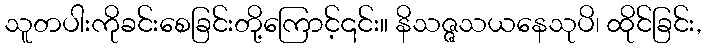
သူတပါးကိုခင်းစေခြင်းတို့ကြောင့်၎င်း။ နိသဇ္ဇသယနေသုပိ၊ ထိုင်ခြင်း,